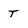
Character: T